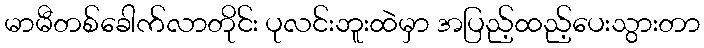
မာမီတစ်ခေါက်လာတိုင်း ပုလင်းဘူးထဲမှာ အပြည့်ထည့်ပေးသွားတာ